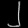
Digit: ၂